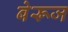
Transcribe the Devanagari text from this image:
बेरूज